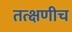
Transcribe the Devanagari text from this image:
तत्क्षणीच